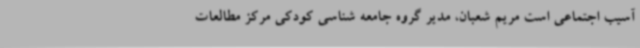
آسیب اجتماعی است مریم شعبان، مدیر گروه جامعه شناسی کودکی مرکز مطالعات